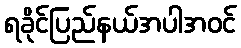
ရခိုင်ပြည်နယ်အပါအဝင်